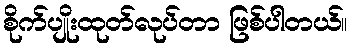
စိုက်ပျိုးထုတ်လုပ်တာ ဖြစ်ပါတယ်။